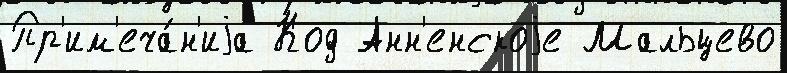
Пр'им'еча́н'иjа Код Анн'енскоjе Мальцево